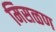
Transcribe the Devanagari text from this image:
मिसळण